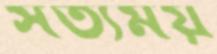
সত্যময়